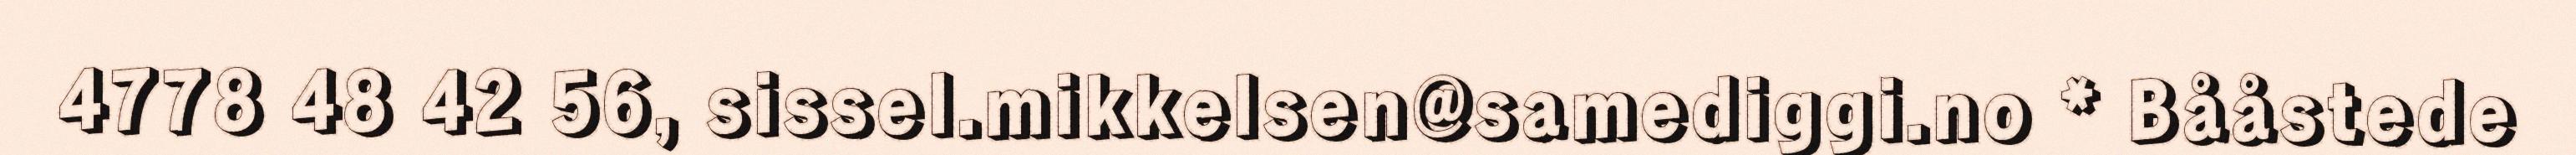
4778 48 42 56, sissel.mikkelsen@samediggi.no * Bååstede